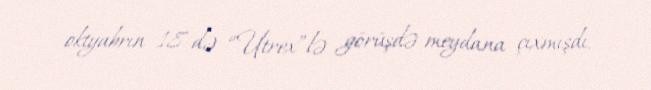
oktyabrın 18-də “Utrex”lə görüşdə meydana çıxmışdı.